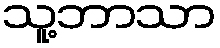
သူ့ဘာသာ